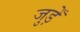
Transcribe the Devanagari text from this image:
जुड़ेँ